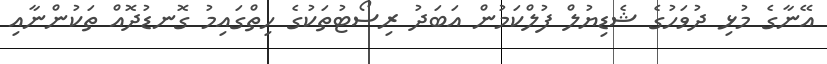
އޭނާގެ މުޅި ދުވަހުގެ ޝެޑިޔުލް ފުލްކަމުން އަބަދު ރިސޯޓުތަކުގެ ހިތްގައިމު ގޮނޑުދޮއް ތަކުންނާއި